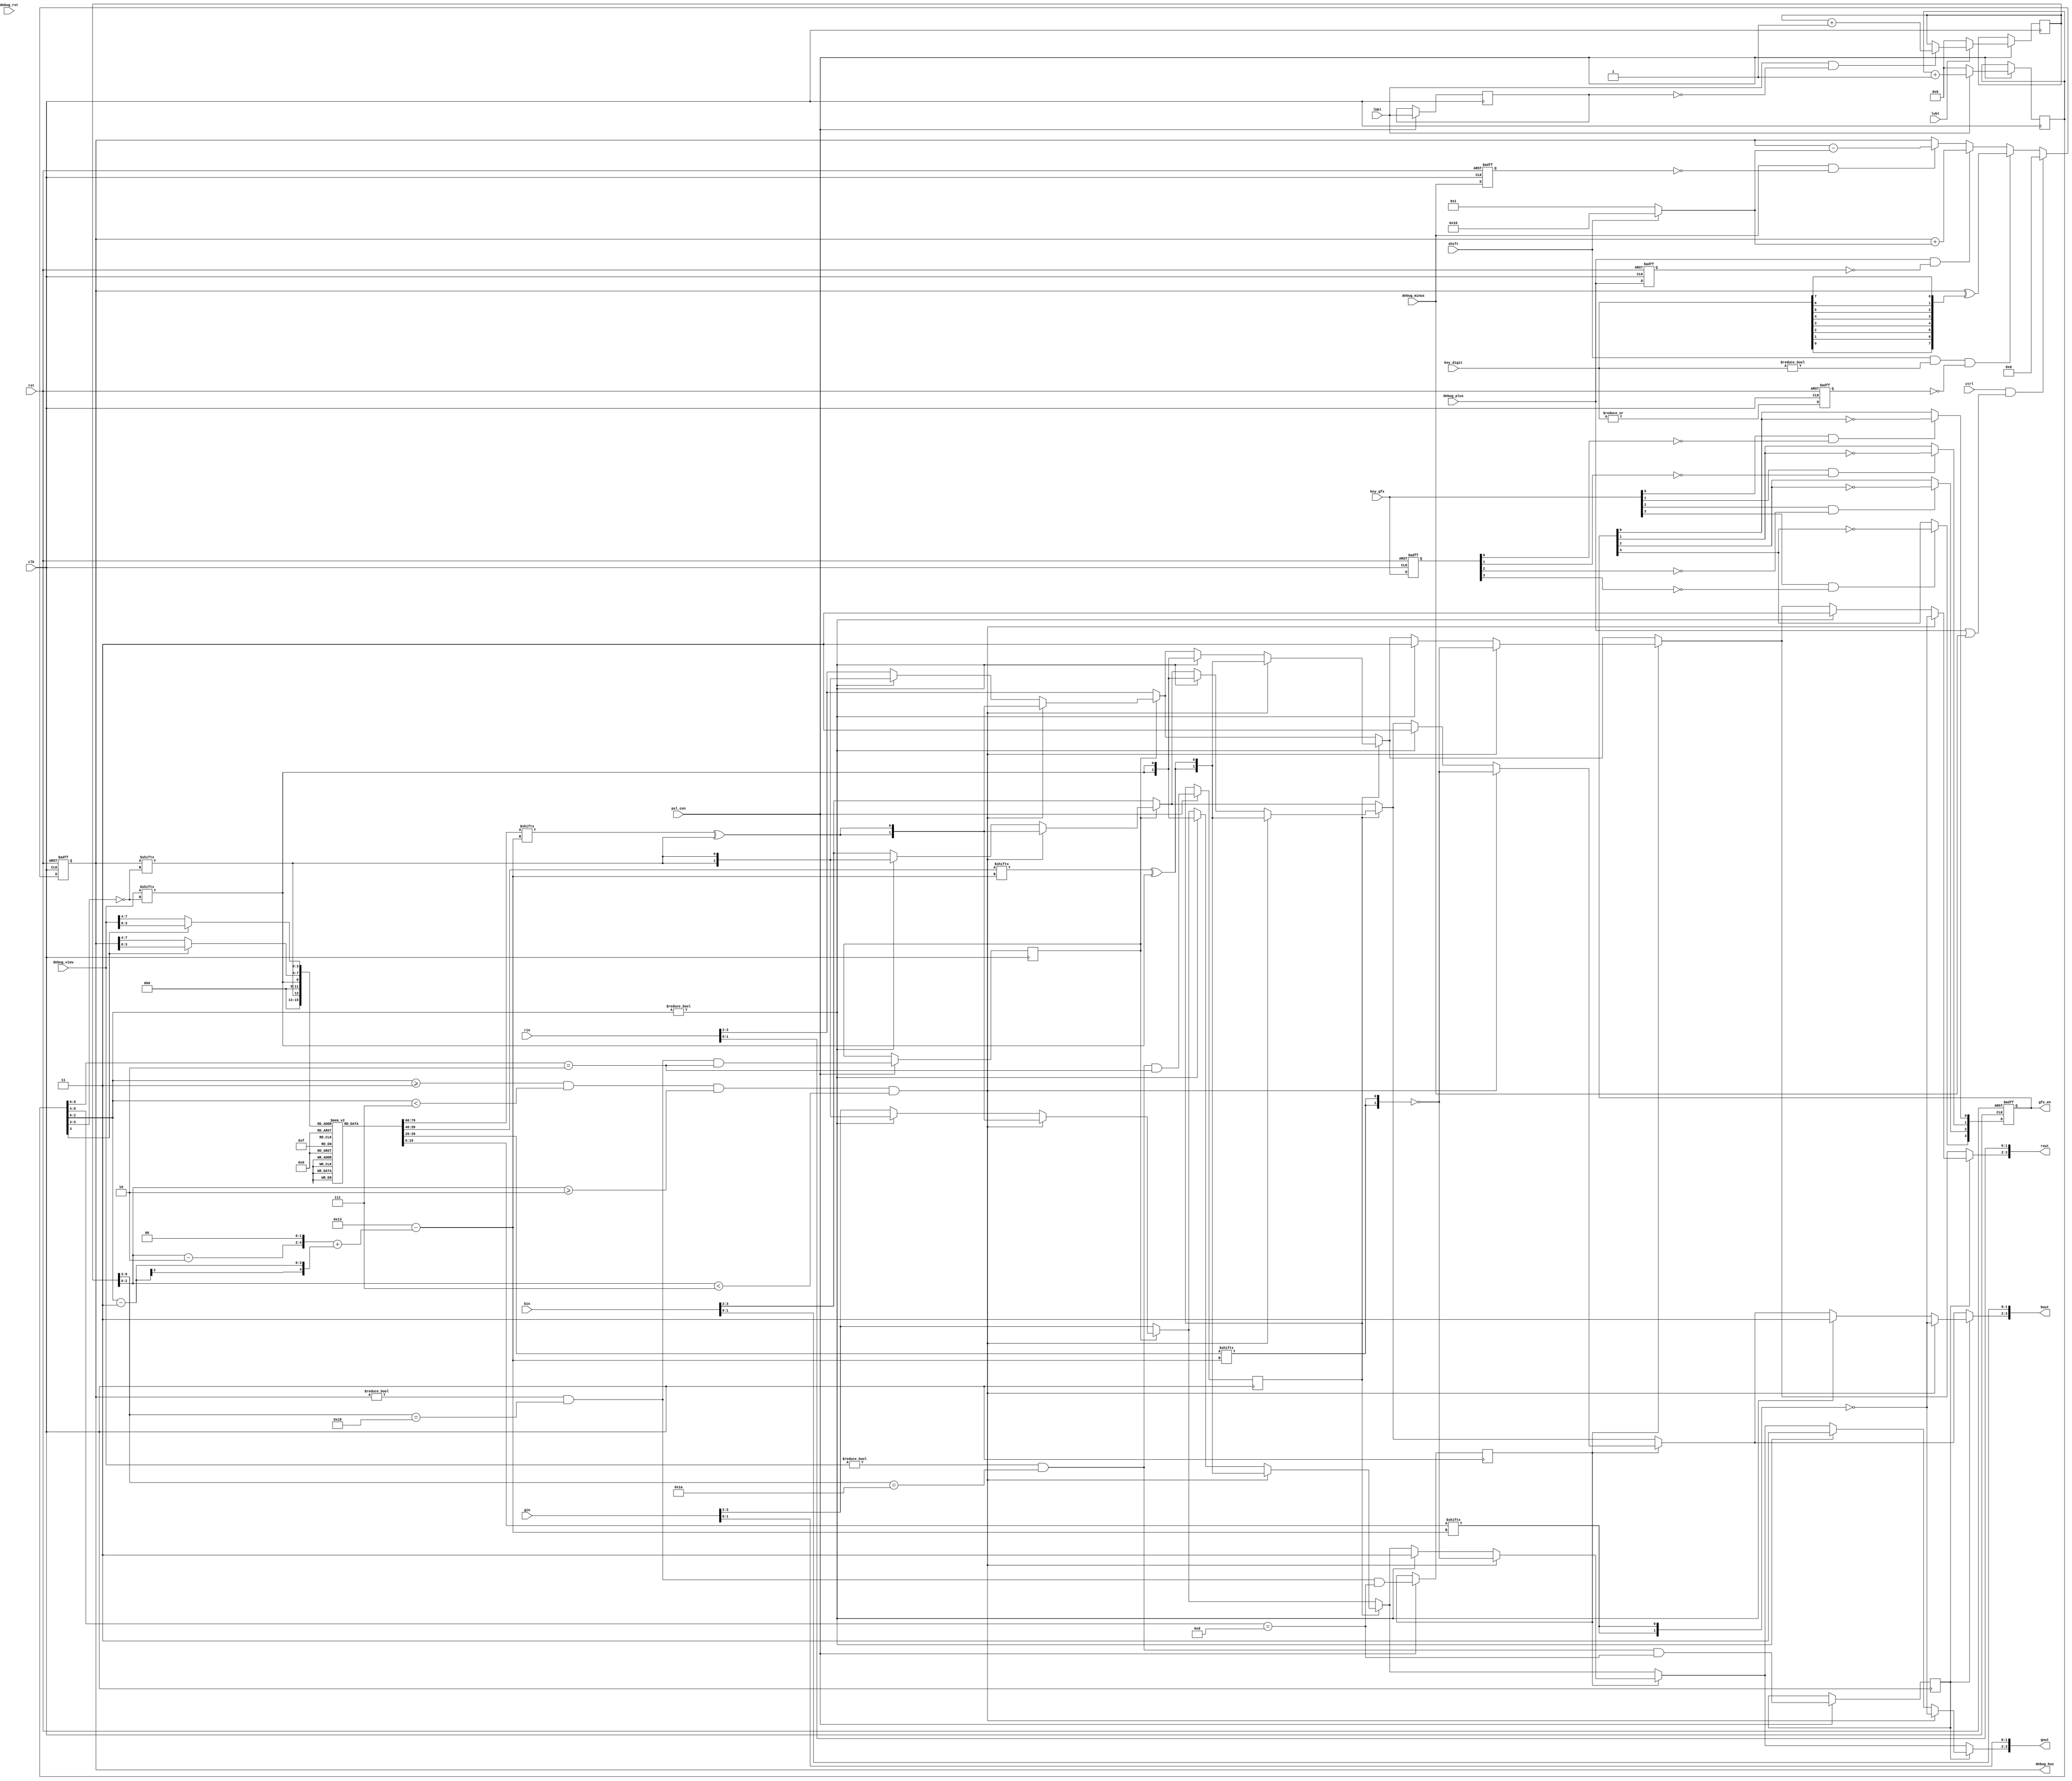
// This program was cloned from: https://github.com/atrac17/Toaplan2
// License: GNU General Public License v3.0

/*  This file is part of JTFRAME.
    JTFRAME program is free software: you can redistribute it and/or modify
    it under the terms of the GNU General Public License as published by
    the Free Software Foundation, either version 3 of the License, or
    (at your option) any later version.

    JTFRAME program is distributed in the hope that it will be useful,
    but WITHOUT ANY WARRANTY; without even the implied warranty of
    MERCHANTABILITY or FITNESS FOR A PARTICULAR PURPOSE.  See the
    GNU General Public License for more details.

    You should have received a copy of the GNU General Public License
    along with JTFRAME.  If not, see <http://www.gnu.org/licenses/>.

    Author: Jose Tejada Gomez. Twitter: @topapate
    Version: 1.0
    Date: 8-5-2021 */

module jtframe_debug #(
    parameter COLORW=4
) (
    input clk,
    input rst,

    input            shift,         // count step 16, instead of 1
    input            ctrl,          // reset debug_bus
    input            debug_plus,
    input            debug_minus,
    input            debug_rst,
    input      [3:0] key_gfx,
    input      [7:0] key_digit,
    // overlay the value on video
    input              pxl_cen,
    input [COLORW-1:0] rin,
    input [COLORW-1:0] gin,
    input [COLORW-1:0] bin,
    input              lhbl,
    input              lvbl,

    // combinational output
    output reg [COLORW-1:0] rout,
    output reg [COLORW-1:0] gout,
    output reg [COLORW-1:0] bout,
    // debug features
    output reg [7:0] debug_bus,
    input      [7:0] debug_view, // an 8-bit signal that will be shown over the game image
    output reg [3:0] gfx_en
);

reg        last_p, last_m;
integer    cnt;
reg  [3:0] last_gfx;
reg        last_digit;

wire [7:0] step = shift ? 8'd16 : 8'd1;

always @(posedge clk, posedge rst) begin
    if( rst ) begin
        debug_bus  <= 0;
        gfx_en     <= 4'hf;
        last_digit <= 0;
        last_p     <= 0;
        last_m     <= 0;
        last_gfx   <= 0;
    end else begin
        last_p   <= debug_plus;
        last_m   <= debug_minus;
        last_gfx <= key_gfx;
        last_digit <= |key_digit;


        if( ctrl && (debug_plus||debug_minus) ) begin
            debug_bus <= 0;
        end else begin
            if( debug_plus & ~last_p ) begin
                debug_bus <= debug_bus + step;
            end else if( debug_minus & ~last_m ) begin
                debug_bus <= debug_bus - step;
            end
            if( shift && key_digit!=0 && !last_digit ) begin
                debug_bus <= debug_bus ^ { key_digit[0],
                    key_digit[1],
                    key_digit[2],
                    key_digit[3],
                    key_digit[4],
                    key_digit[5],
                    key_digit[6],
                    key_digit[7] };
            end
        end
        for(cnt=0; cnt<4; cnt=cnt+1)
            if( key_gfx[cnt] && !last_gfx[cnt] ) gfx_en[cnt] <= ~gfx_en[cnt];
    end
end

// Video overlay
reg [8:0] vcnt,hcnt;
reg       lhbl_l, osd_on, view_on, bus_hex_on, view_hex_on;

always @(posedge clk) if(pxl_cen) begin
    lhbl_l <= lhbl;
    if (!lvbl)
        vcnt <= 0;
    else if( lhbl && !lhbl_l )
        vcnt <= vcnt + 9'd1;
    if(!lhbl)
        hcnt <= 0;
    else hcnt <= hcnt + 9'd1;
    osd_on  <= debug_bus  != 0 && vcnt[8:3]==6'h18 && hcnt[8:6] == 3'b010;
    view_on <= debug_view != 0 && vcnt[8:3]==6'h1A && hcnt[8:6] == 3'b010;

    bus_hex_on  <= debug_bus  != 0 && vcnt[8:3] == 6'h18 && hcnt[8:4] == 5'b01101;
    view_hex_on <= debug_view != 0 && vcnt[8:3] == 6'h1A && hcnt[8:4] == 5'b01101;
end

reg [0:19] font [0:15]; // 4x5 font

// Inspired by TIC computer 6x6 font by nesbox
// https://fontstruct.com/fontstructions/show/1334143/tic-computer-6x6-font
initial begin
    font[4'd00] = 20'b0110_1001_1001_1001_0110;
    font[4'd01] = 20'b0010_0110_0010_0010_0111;
    font[4'd02] = 20'b1110_0001_0110_1000_1111;
    font[4'd03] = 20'b1111_0001_0110_0001_1110;
    font[4'd04] = 20'b0010_1010_1010_1111_0010;
    font[4'd05] = 20'b1111_1000_1110_0001_1110;
    font[4'd06] = 20'b0110_1000_1110_1001_0110;
    font[4'd07] = 20'b1111_0001_0010_0100_0100;
    font[4'd08] = 20'b0110_1001_0110_1001_0110;
    font[4'd09] = 20'b0110_1001_0111_0001_0110;
    font[4'd10] = 20'b0110_1001_1001_1111_1001;
    font[4'd11] = 20'b1110_1001_1110_1001_1110;
    font[4'd12] = 20'b0111_1000_1000_1000_0111;
    font[4'd13] = 20'b1110_1001_1001_1001_1110;
    font[4'd14] = 20'b1111_1000_1110_1000_1111;
    font[4'd15] = 20'b1111_1000_1110_1000_1000;
end


wire [3:0] display_bit_bus, display_bit_view, display_nibble_bus, display_nibble_view;
wire [4:0] font_pixel;

assign display_bit_bus     = { 3'h0, debug_bus[ ~hcnt[5:3] ] };
assign display_bit_view    = { 3'h0, debug_view[ ~hcnt[5:3] ] };
assign display_nibble_bus  = hcnt[3] ? debug_bus[3:0]  : debug_bus[7:4];
assign display_nibble_view = hcnt[3] ? debug_view[3:0] : debug_view[7:4];

assign font_pixel          = ( ( vcnt[2:0] - 3'd2 ) << 2 ) + ( hcnt[2:0] - 3'd3 );

always @* begin
    rout = rin;
    gout = gin;
    bout = bin;
    if( osd_on ) begin
        if( hcnt[2:0]!=0 ) begin
            rout[COLORW-1:COLORW-2] = {2{debug_bus[ ~hcnt[5:3] ]}};
            gout[COLORW-1:COLORW-2] = {2{debug_bus[ ~hcnt[5:3] ]}};
            bout[COLORW-1:COLORW-2] = {2{debug_bus[ ~hcnt[5:3] ]}};
        end
        if( hcnt[2:0] >= 3 && hcnt[2:0] < 7 && vcnt[2:0] >= 2 && vcnt[2:0] < 7 ) begin
            rout[COLORW-1:COLORW-2] = {2{ font[ display_bit_bus ][ font_pixel ] ^ display_bit_bus[0] }};
            gout[COLORW-1:COLORW-2] = {2{ font[ display_bit_bus ][ font_pixel ] ^ display_bit_bus[0] }};
            bout[COLORW-1:COLORW-2] = {2{ font[ display_bit_bus ][ font_pixel ] ^ display_bit_bus[0] }};
        end
    end

    if( view_on ) begin
        if( hcnt[2:0]!=0 ) begin
            rout[COLORW-1:COLORW-2] = {2{debug_view[ ~hcnt[5:3] ]}};
            gout[COLORW-1:COLORW-2] = {2{debug_view[ ~hcnt[5:3] ]}};
            bout[COLORW-1:COLORW-2] = {2{debug_view[ ~hcnt[5:3] ]}};
        end
        if( hcnt[2:0] >= 3 && hcnt[2:0] < 7 && vcnt[2:0] >= 2 && vcnt[2:0] < 7 ) begin
            rout[COLORW-1:COLORW-2] = {2{ font[ display_bit_view ][ font_pixel ] ^ display_bit_view[0] }};
            gout[COLORW-1:COLORW-2] = {2{ font[ display_bit_view ][ font_pixel ] ^ display_bit_view[0] }};
            bout[COLORW-1:COLORW-2] = {2{ font[ display_bit_view ][ font_pixel ] ^ display_bit_view[0] }};
        end
    end

    if( bus_hex_on ) begin
        if( hcnt[2:0] != 0 ) begin
            rout[COLORW-1:COLORW-2] = 2'b11;
            gout[COLORW-1:COLORW-2] = 2'b11;
            bout[COLORW-1:COLORW-2] = 2'b11;
        end
        if( hcnt[2:0] >= 3 && hcnt[2:0] < 7 && vcnt[2:0] >= 2 && vcnt[2:0] < 7 ) begin
            rout[COLORW-1:COLORW-2] = ~{2{ font[ display_nibble_bus ][ font_pixel ] }};
            gout[COLORW-1:COLORW-2] = ~{2{ font[ display_nibble_bus ][ font_pixel ] }};
            bout[COLORW-1:COLORW-2] = ~{2{ font[ display_nibble_bus ][ font_pixel ] }};
        end
    end

    if( view_hex_on ) begin
        if( hcnt[2:0] != 0 ) begin
            rout[COLORW-1:COLORW-2] = 2'b11;
            gout[COLORW-1:COLORW-2] = 2'b11;
            bout[COLORW-1:COLORW-2] = 2'b11;
        end
        if( hcnt[2:0] >= 3 && hcnt[2:0] < 7 && vcnt[2:0] >= 2 && vcnt[2:0] < 7 ) begin
            rout[COLORW-1:COLORW-2] = ~{2{ font[ display_nibble_view ][ font_pixel ] }};
            gout[COLORW-1:COLORW-2] = ~{2{ font[ display_nibble_view ][ font_pixel ] }};
            bout[COLORW-1:COLORW-2] = ~{2{ font[ display_nibble_view ][ font_pixel ] }};
        end
    end
end

endmodule